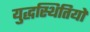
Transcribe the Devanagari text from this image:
युद्धस्थितियों